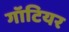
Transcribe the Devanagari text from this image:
गॉटियर